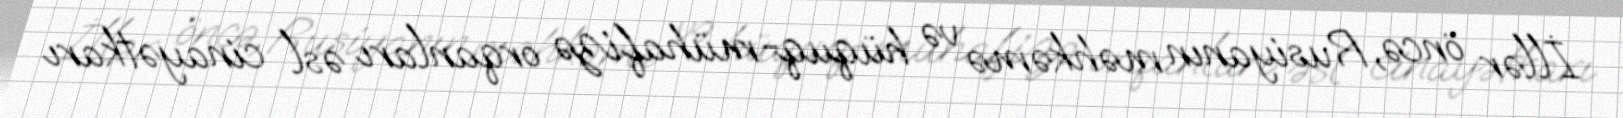
İllər öncə, Rusiyanın məhkəmə və hüquq-mühafizə orqanları əsl cinayətkarı